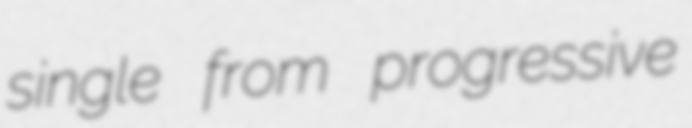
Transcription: single from progressive